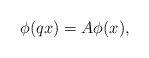
\begin{align*} \phi(qx)=A\phi(x),\end{align*}